Leaving Certificate Examination, 1918
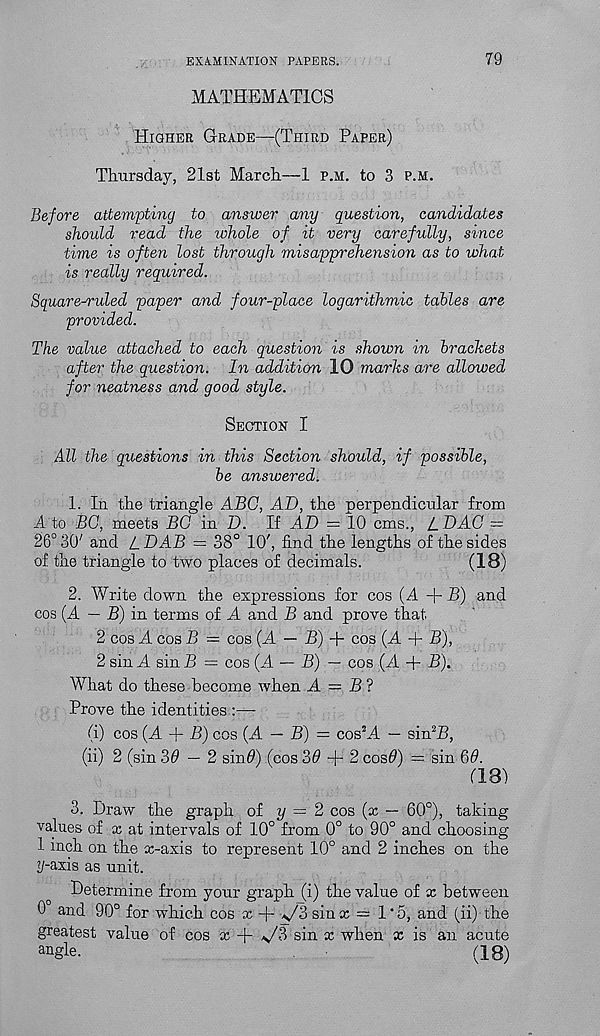
EXAMINATION PAPERS.
79
MATHEMATICS
Higher G-rade—(Third Paper)
Thursday, 21st March—1 p.m. to 3 p.m.
Before attempting to answer any question, candidates
should read the whole of it very carefully, since
time is often lost through misapprehension as to what
is really required.
Square^ruled paper and four-place logarithmic tables are
provided.
The value attached to each question is shown in brackets
after the question. In addition 10 marks are allowed
for neatness and good style.
Section I
All the questions in this Section should, if possible,
be answered.
1. In the triangle ABC, AD, the perpendicular from
A to BC, meets BC in D. If AD = 10 cms., /_DAC ~
26° 30' and L DAB = 38° 10', find the lengths of the sides
of the triangle to two places of decimals.
(IB)
2. AYrite down the expressions for cos (A + B) and
cos (A — B) in terms of A and B and prove that
2 cos A cos B — cos (A —- B) + cos (A + B),
2 sin A sin B = cos (A — B) — cos (A + B).
What do these become when A — B?
Prove the identities :—
(i) cos (A + B) cos (A — B) = cos ! A — sin 2 B,
(ii) 2 (sin 39 — 2 sind) (cos 39
2 cos9) = sin 69.
(13)
3. Draw the graph o£ y — 2 cos (x — 60°), taking
values of x at intervals of 10° from 0° to 90° and choosing
1 inch on the x-axis to represent 10° and 2 inches on the
y-axis as unit.
Determine from your graph (i) the value of x between
0 and 90° for which cos x + V3 sin x — 1'5, and (ii) the
greatest value of cos x + */3 sin x when x is an acute
an gle.
(18)